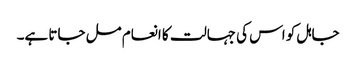
جاہل کو اس کی جہالت کا انعام مل جاتا ہے۔